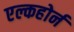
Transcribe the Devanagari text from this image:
एल्कहोर्न